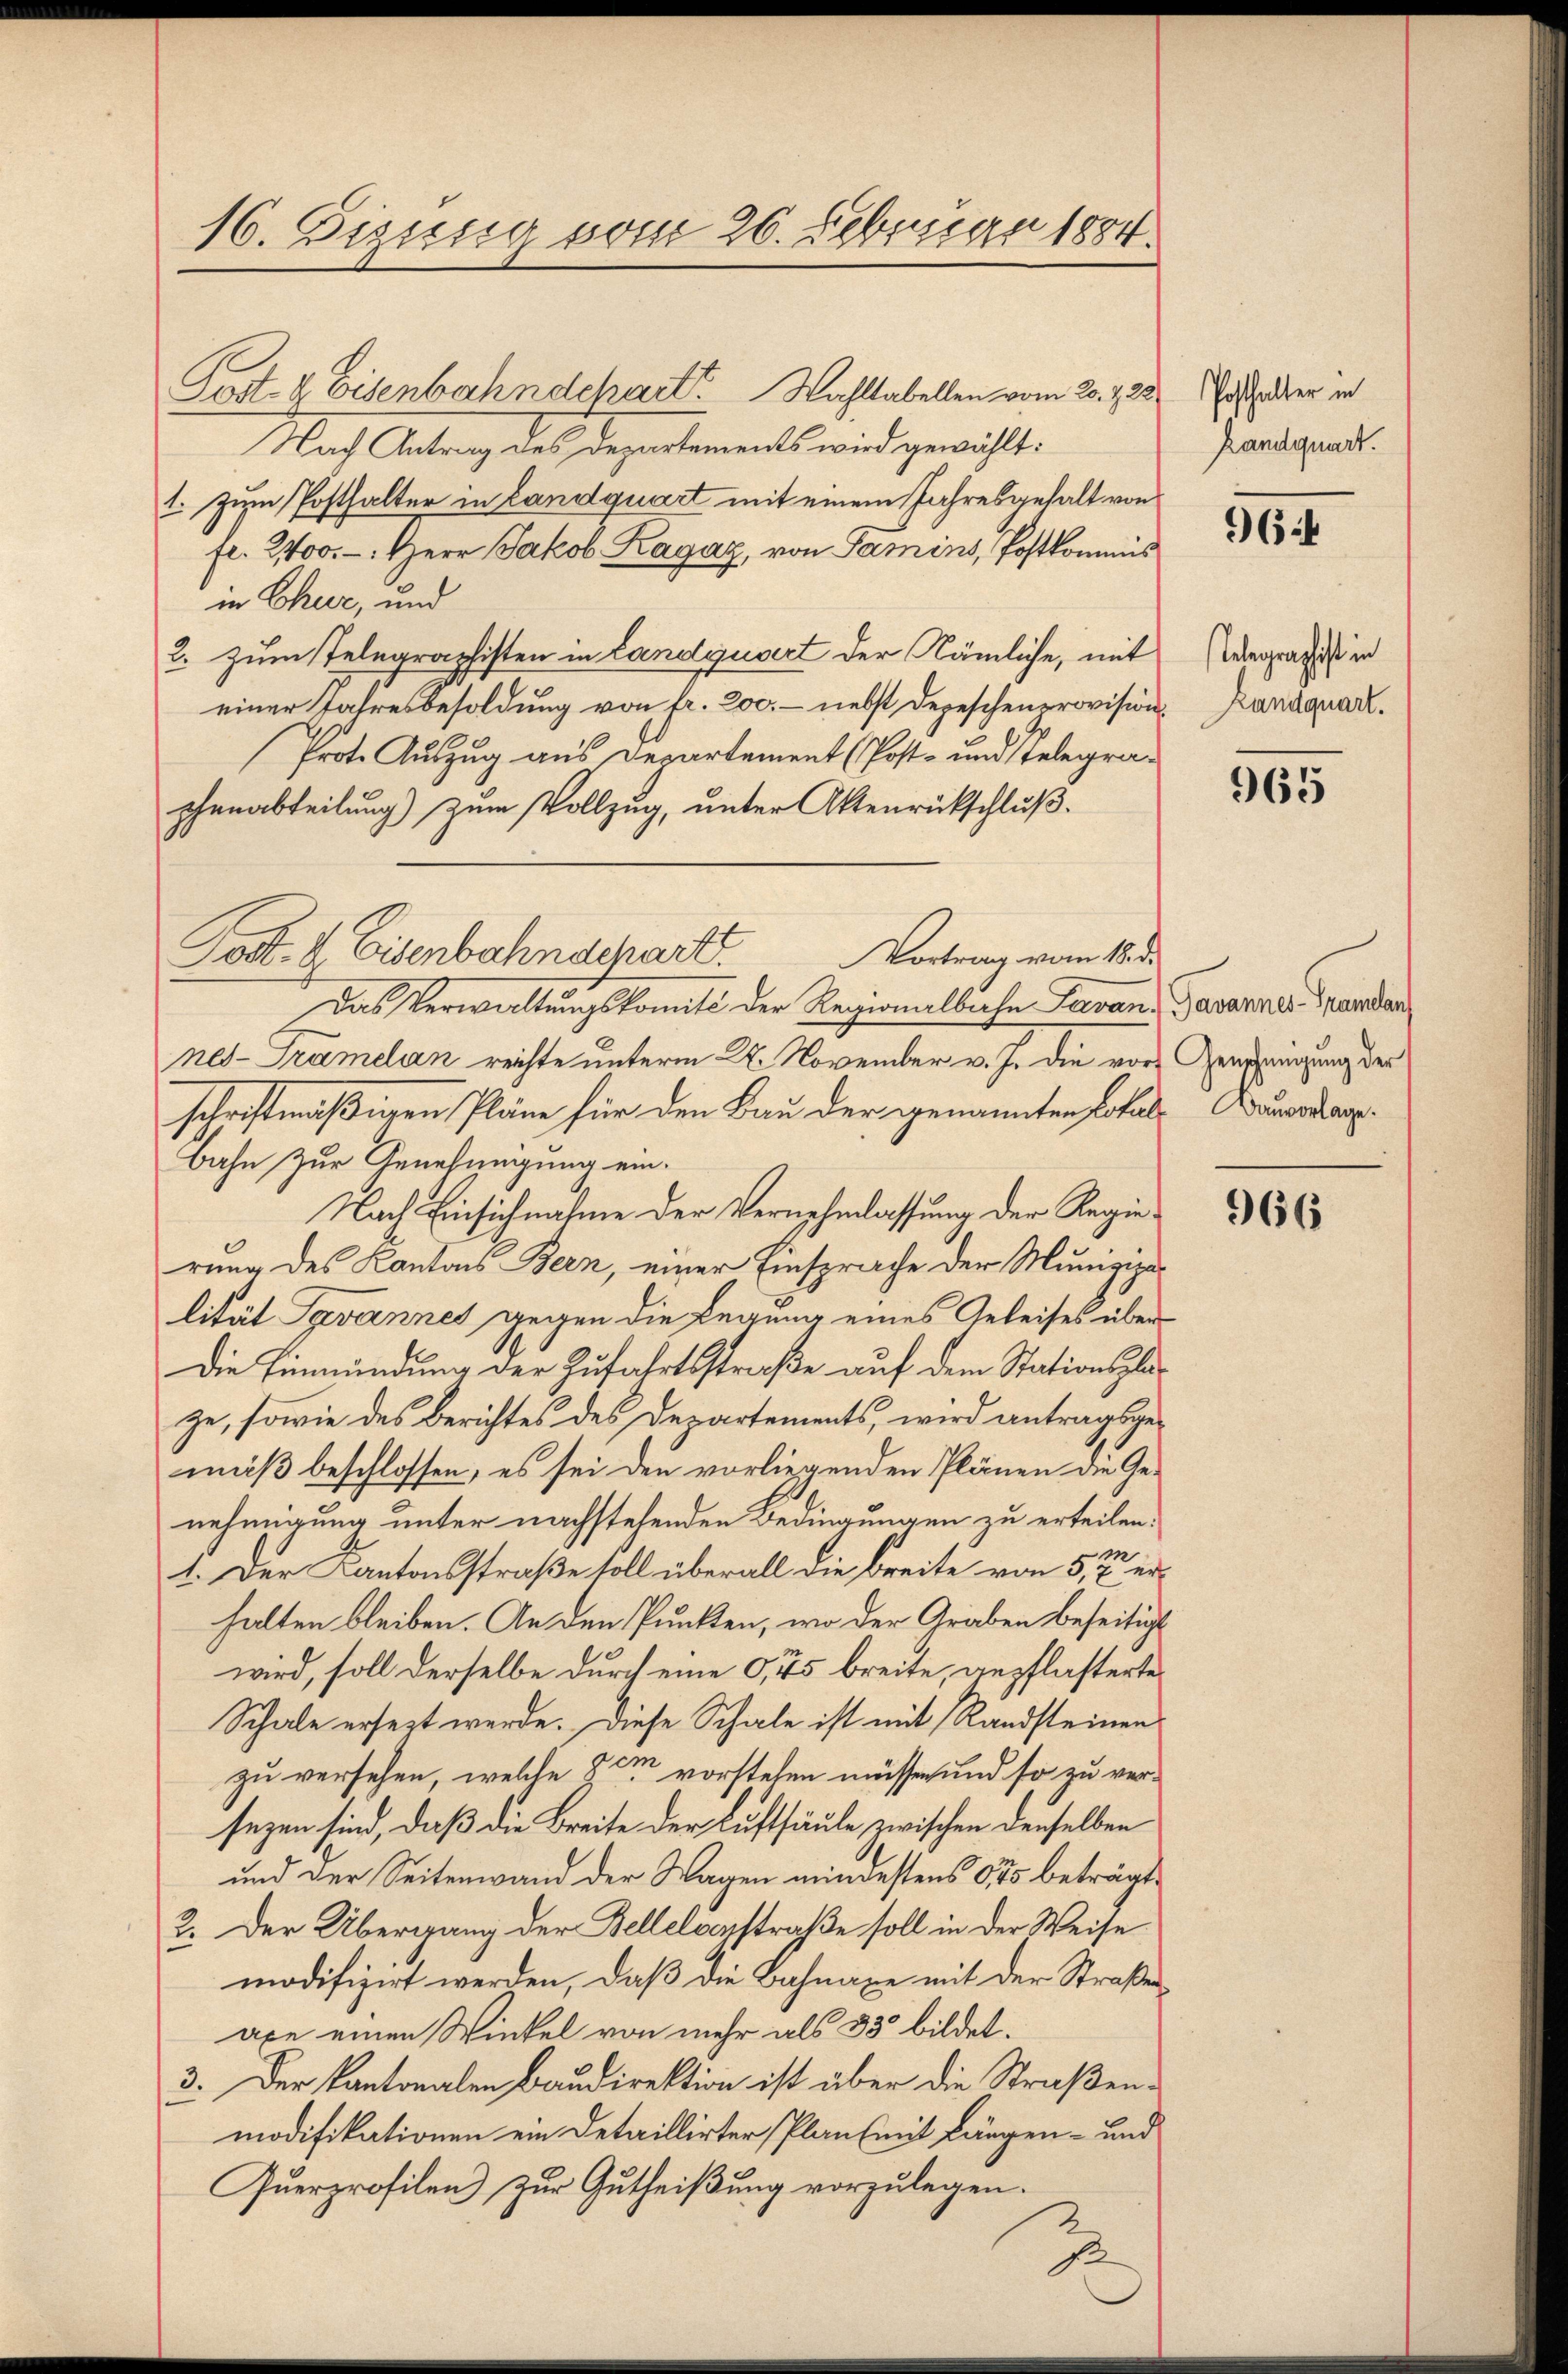
16. Fizisig vom 26. Februar 1884.

Post- & Eisenbahndchart Wahltabellen vom 20. 125
Nach Antrag des Departements wird gewählt.
1. zum Posthalter in Landquart mit einem Jahresgehalt von
fl. 2400.-. Herr Jakob Kagaz, von Famins, Postkommis
in Chur, und
2. zum Telegraphisten in Landquart der Nämliche, mit
einer Jahresbesoldung von fr. 200. - nebst Depeschenprovision. Landquar¬
Prot. Auszug aus Departement (Post- und stelegrachenabteilung) zum Vollzug, unter Aktenrütschluß.
Das Verwaltungskomité der Regionalbahn Tavan- Pavannes Mandar
nes- Tramelan reichte unterm 28. November v. J. die vor Genangung der
schriftmäßigen Pläne für den Bau der genannten Lokals Bauardan¬
Bahn zur Genehmigung ein¬
Nach Einsichnahme der Vernehmlassung der Regierung des Kantons Bern, einer Einsprache der Munizipalität Bavannes gegen die Legung eines Geleises über
Die Einmündung der Zufahrtsstraße auf dem Stationsplaze, sowie des Berichtes des Departements, wird antragsge-
mäß beschlossen, es sei den vorliegenden Plänen die Ge-
nehmigung unter nachstehenden Bedingungen zu erteilen:
1. Der Kantonsstraße soll überall die Breite von 5, er
halten bleiben. An den Punkten, wo der Graben beseitigt
wird, soll derselbe durch eine 0,45 breite, gepflasterte
Schale ersezt werde. Diese Schale ist mit Randsteinen
zu versehen, welche dem vorstehen müssen und so zu versezen sind, daß die Breite der Luftsäule zwischen denselben
und der Seitenwand der Wagen mindestens 675 beträgt,
2. Der Übergang der Bellelvorstraße soll in der Weise
modifizirt werden, daß die Bahnaxe mit der Straße
axe einen Winkel von mehr als 33 bildet.
3. Der Kantonalen Baudirektion ist über die Straßenmodifikationen ein Detaillirter Plan mit längen- und
Querprofilen zur Gutheißung vorzulegen.

Post. 2. Eisenbahnschart.
Vortrag vom 18. d.

3

Posthalter in
Randquart.

964

Telegraphist in

965

966